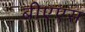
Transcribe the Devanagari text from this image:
बीएएस